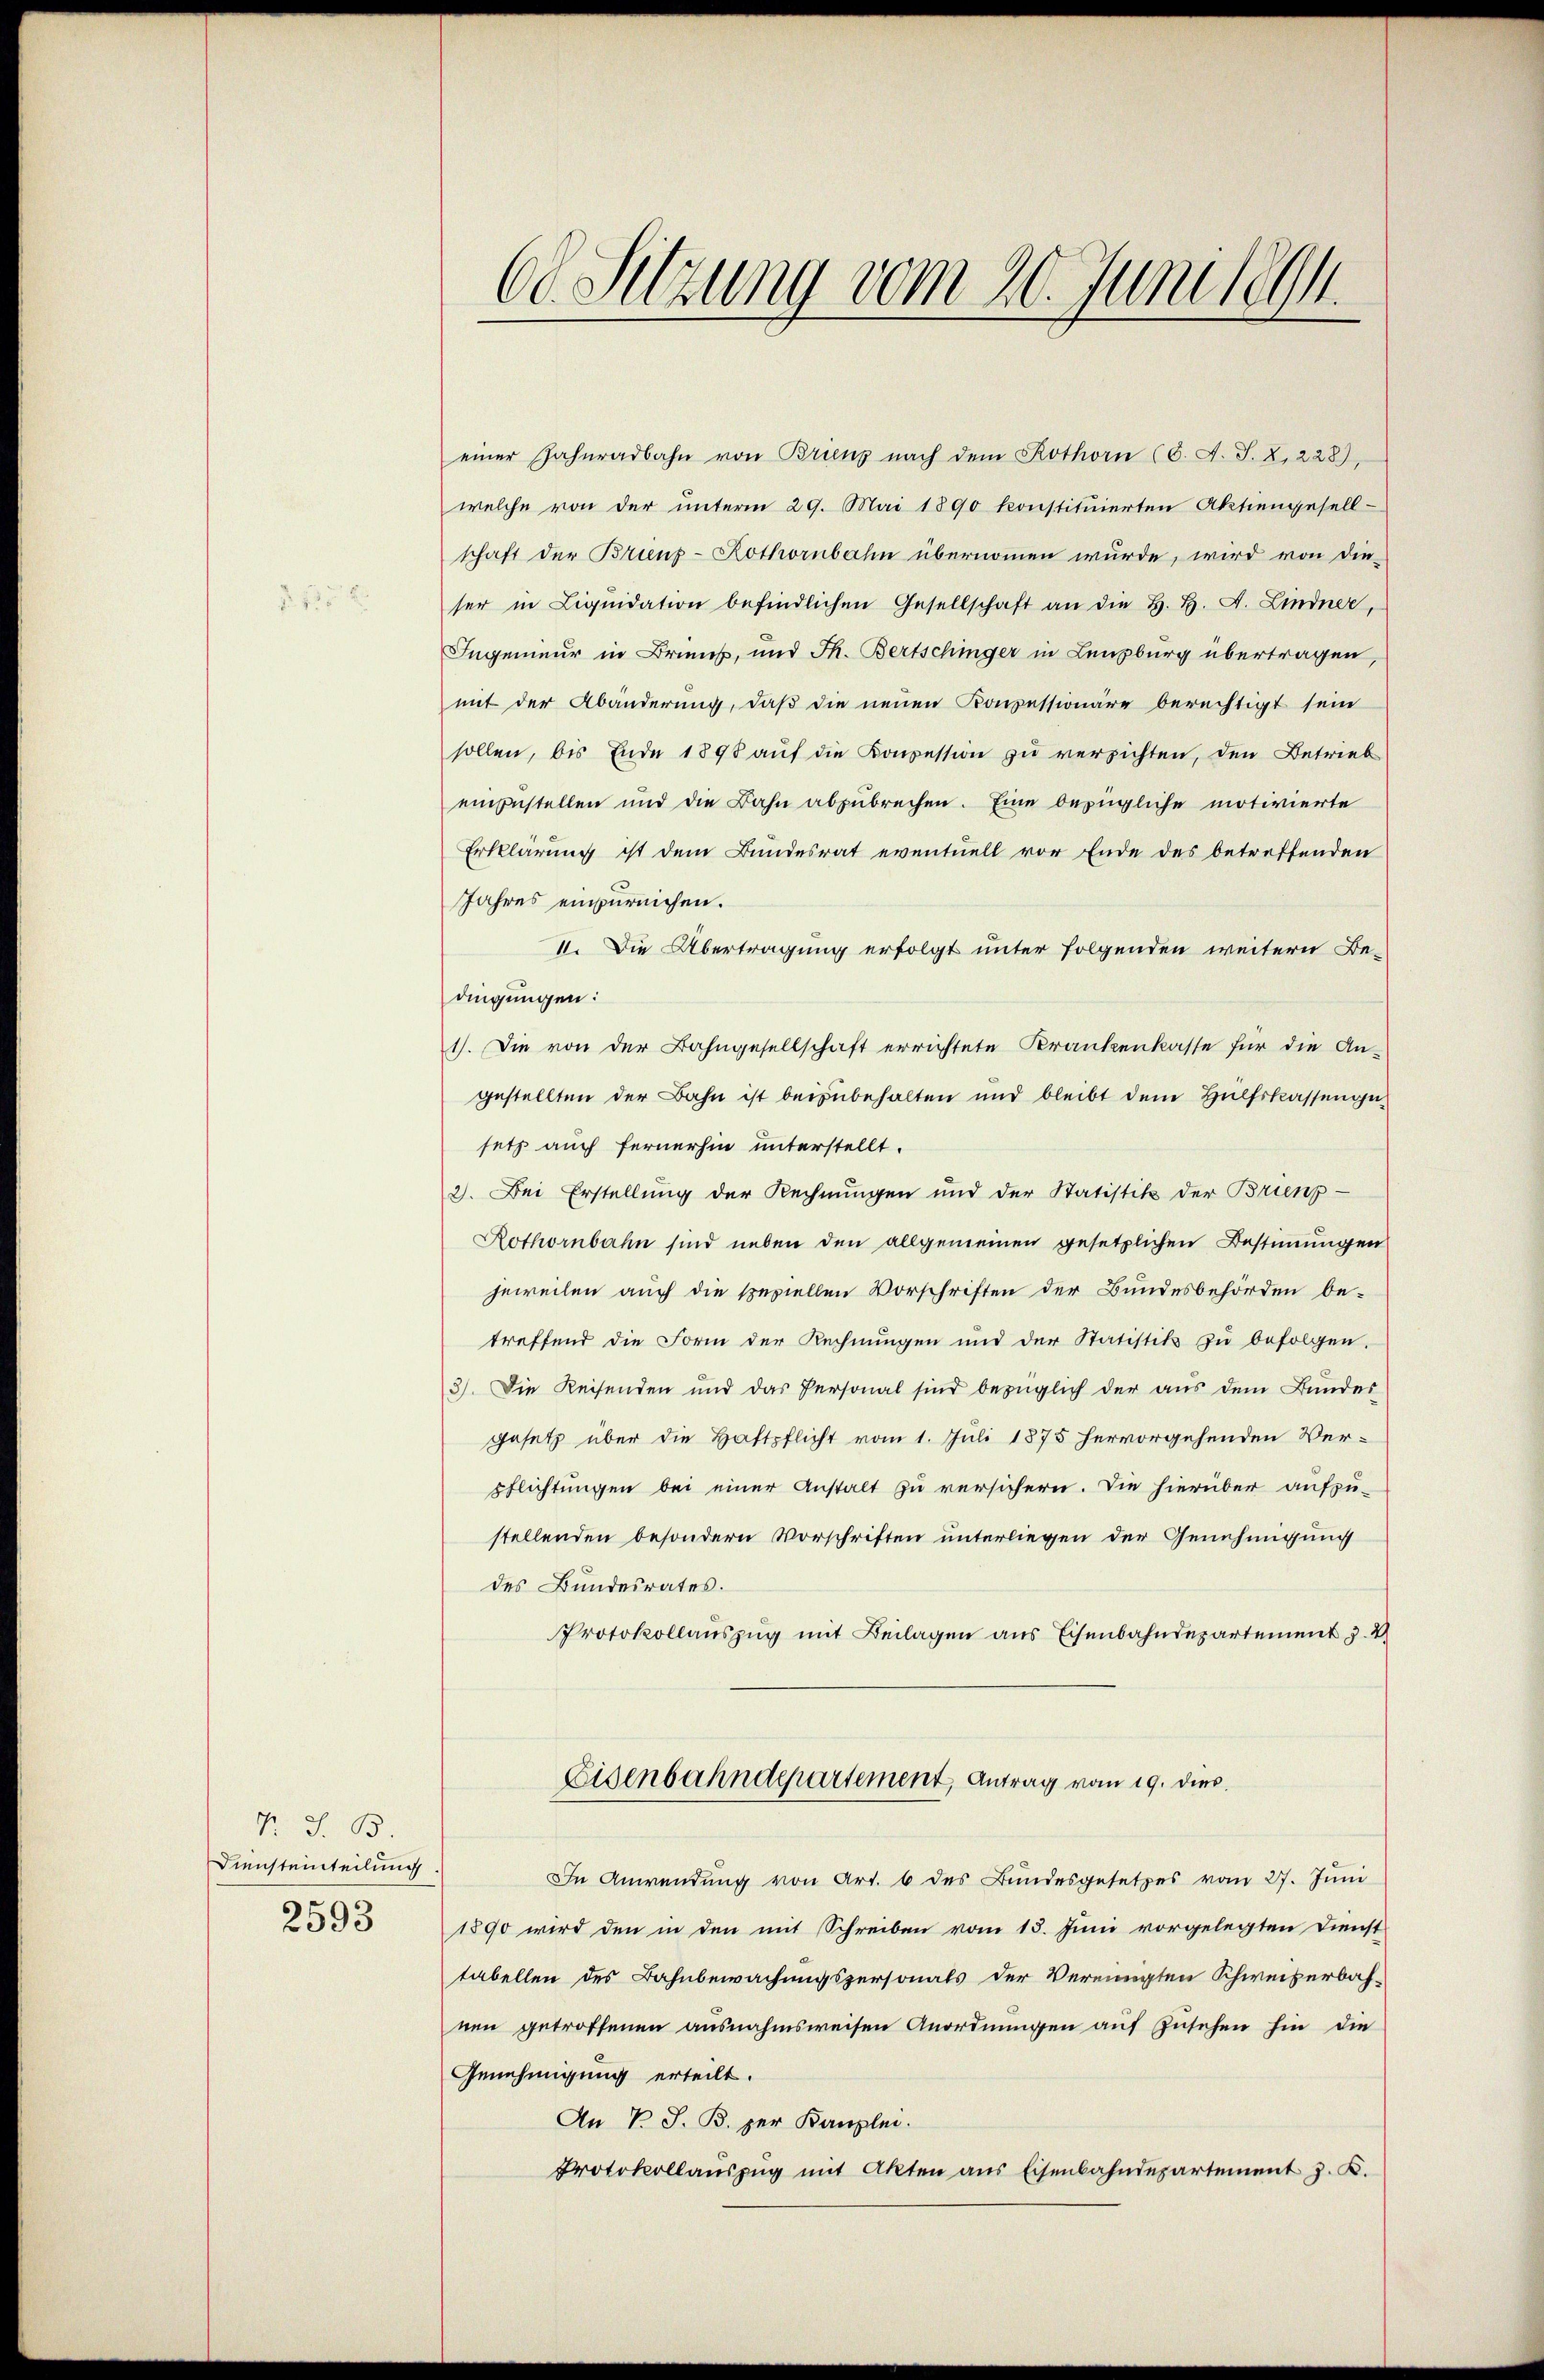
2

R. S. 33
Diensteinteilung
2593

60 Setzung vom 20. Juniseth

einer Zahnradbahn von Brienz nach dem Kothorn (C. A. S. 8, 228),
welche von der ŭnterm 29. Mai 1890 konstitŭierten Aktiengesell-
schaft der Brienz-Kothornbahn übernommen wurde, wird von die-
ser in Liqŭidation befindlichen Gesellschaft an die H. H. A. Lindner,
Ingenieur in Brien, und Th. Bertschinger in Lenzburg übertragen,
mit der Abänderung, daβ die neuen Konzessionäre berechtigt seine
sollen, bis Ende 1898 auf die Konzession zu verzichten, den Betrieb
einzustellen und die Bahn abzubrechen. Eine bezügliche motivierte
Erklärung ist dem Bundesrat eventuell vor Ende des betreffenden
Jahres einzureichen.
11. Die Übertragung erfolgt unter folgenden weitern Bedingungen:
1). Die von der Bahngesellschaft errichtete Krankenkasse für die An-
gestellten der Bahn ist beizubehalten und bleibt dem Hülfskassengesetz auch fernerhin unterstellt.
2. Bei Erstellung der Rechnungen und der Statistik der Brienp
Rothornbahn sind neben den allgemeinen gesetzlichen Bestimmungen
jeweilen auch die speziellen Vorschriften der Bundesbehörden be-
treffend die Form der Rechnungen und der Statistik zŭ befolgen.
3). Die Reisenden und das Personal sind bezüglich der aus dem Bundes
gesetz über die Haftpflicht vom 1. Juli 1875 hervorgehenden Verpflichtungen bei einer Anstalt zu versichern. Die hierüber aufzu-
stellenden besondern Vorschriften unterliegen der Genehmigung
des Bundesrates.
Protokollauszug mit Beilagen aus Eisenbahndepartement v. 2.
Eisenbahndepartement, Antrag vom 19. dies
In Anwendung von Art. 6 des Bundesgesetzes vom 27. Jŭni
1890 wird den in den mit Schreiben vom 15. Juni vorgelegten Dienst
tabellen des Bahnbewachungspersonals der Vereinigten Schweizerbahnen getroffenen ausnahmsweisen Anordnungen auf Zusehen hin die
Genehmigung erteilt.
An P. J. R. per Kanzlei.
Protokollauszug mit Akten aus Eisenbahndepartement J. K.